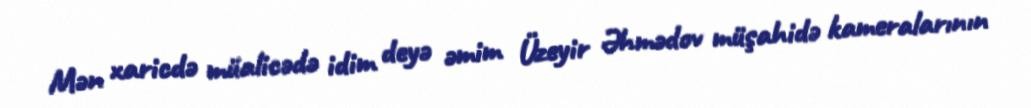
Mən xaricdə müalicədə idim deyə əmim Üzeyir Əhmədov müşahidə kameralarının